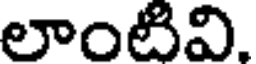
లాంటివి.